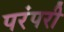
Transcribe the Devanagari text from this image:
परंपरी